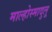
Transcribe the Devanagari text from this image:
माल्होस्मादुलू